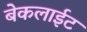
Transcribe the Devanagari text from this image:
बेकलाईट